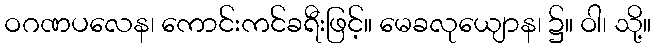
ဝဂဏပလေန၊ ကောင်းကင်ခရီးဖြင့်။ မေခလုယျောန၊ ၌။ ဝါ၊ သို့။